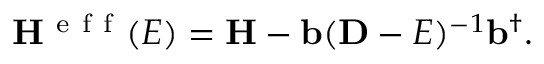
\mathbf { H } ^ { \mathrm { ~ e ~ f ~ f ~ } } ( E ) = \mathbf { H } - \mathbf { b } ( \mathbf { D } - E ) ^ { - 1 } \mathbf { b } ^ { \dagger } .